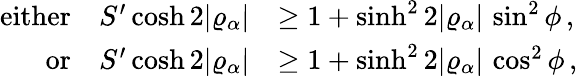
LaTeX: \begin{array}{rl}{\mathrm{either}\quad S^{\prime}\cosh 2\vert\varrho_{\alpha}\vert}&{\geq 1+\sinh^{2}2\vert\varrho_{\alpha}\vert\, \sin^{2}\phi\, ,}\\ {\mathrm{or}\quad S^{\prime}\cosh 2\vert\varrho_{\alpha}\vert}&{\geq 1+\sinh^{2}2\vert\varrho_{\alpha}\vert\, \cos^{2}\phi\, ,}\end{array}